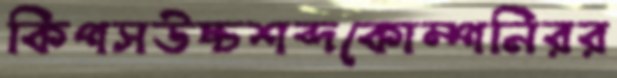
কিপসউচ্চশব্দকোম্পনিরর